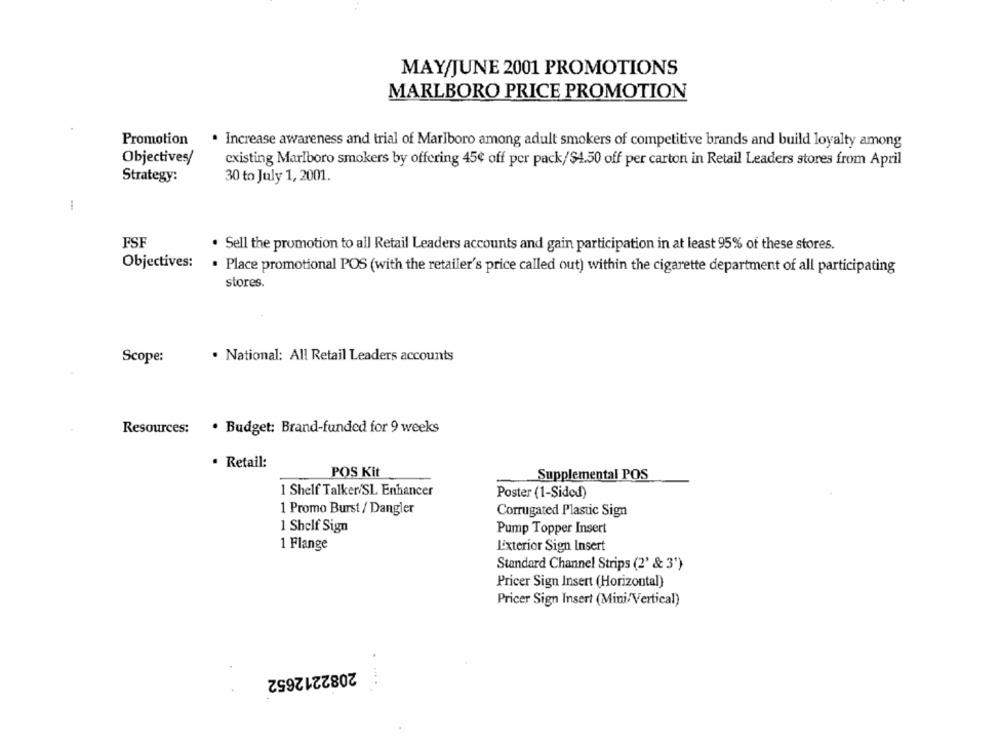
MAY/JUNE 2001 PROMOTIONS
MARLBORO PRICE PROMOTION
Promotion
. Increase awareness and trial of Marlboro among adult smokers of competitive brands and build loyalty among
Objectives/
existing Marlboro smokers by offering 45¢ off per pack/$4.50 off per carton in Retail Leaders stores from April
Strategy:
30 to July 1, 2001.
-
FSF
. Sell the promotion to all Retail Leaders accounts and gain participation in at least 95% of these stores.
Objectives:
. Place promotional POS (with the retailer's price called out) within the cigarette department of all participating
stores.
Scope:
. National: All Retail Leaders accounts
Resources:
· Budget: Brand-funded for 9 weeks
· Retail:
POS Kit
Supplemental POS
1 Shelf Talker/SL Enhancer
Poster (1-Sided)
1 Promo Burst / Dangler
Corrugated Plastic Sign
1 Shelf Sign
Pump Topper Insert
1 Flange
Exterior Sign Insert
Standard Channel Strips (2' & 3')
Pricer Sign Insert (Horizontal)
Pricer Sign Insert (Mini/Vertical)
2082212652
---